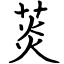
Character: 菼